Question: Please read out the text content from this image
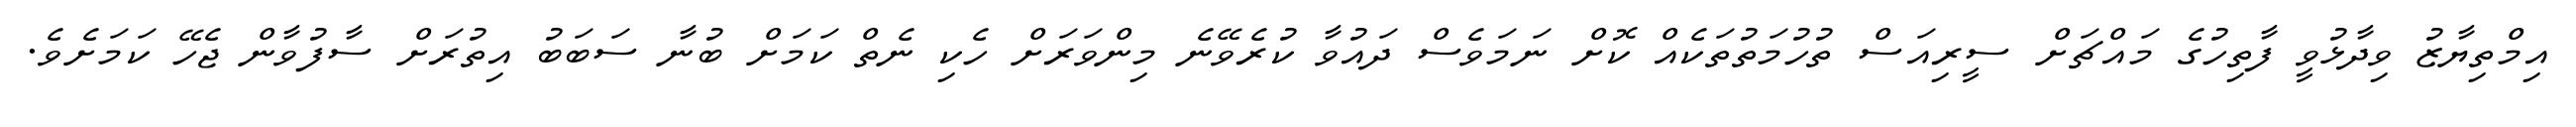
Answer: އިމްތިޔާޒު ވިދާޅުވީ ފާތިހުގެ މައްޗަށް ސީރިއަސް ތުހުމަތުތަކެއް ކޮށް ނަމަވެސް ދައުވާ ކުރެވޭނެ މިންވަރަށް ހެކި ނެތް ކަމަށް ބުނާ ސަބަބު އިތުރަށް ސާފުވާން ޖެހޭ ކަމަށެވެ.